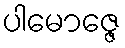
ပါမောဇ္ဇေ